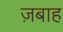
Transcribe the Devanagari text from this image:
ज़बाह